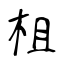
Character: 柤